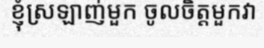
ខ្ញុំស្រឡាញ់មួក ចូលចិត្តមួកវា